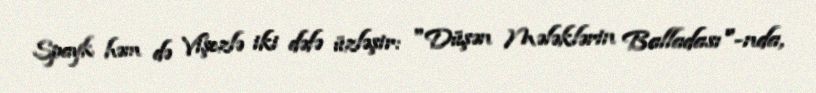
Spayk həm də Vişezlə iki dəfə üzləşir: "Düşən Mələklərin Balladası"-nda,